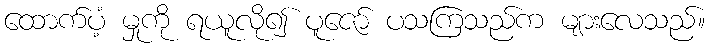
ထောက်ပံ့ မှုကို ရယူလို၍ ပူဇော် ပသကြသည်က များလေသည်။